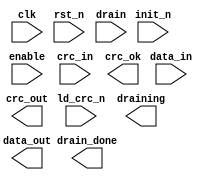
////////////////////////////////////////////////////////////////////////////////
//
//       This confidential and proprietary software may be used only
//     as authorized by a licensing agreement from Synopsys Inc.
//     In the event of publication, the following notice is applicable:
//
//                    (C) COPYRIGHT 1999 - 2023 SYNOPSYS INC.
//                           ALL RIGHTS RESERVED
//
//       The entire notice above must be reproduced on all authorized
//     copies.
//
//
// VERSION:   Simulation Architecture
//
// DesignWare_version: b7619314
// DesignWare_release: U-2022.12-DWBB_202212.5
//
////////////////////////////////////////////////////////////////////////////////
//#include "DW_crc_s.lbls"
//----------------------------------------------------------------------------
// ABSTRACT: Generic CRC 
//
// MODIFIED:
//
//      02/03/2016  Liming SU   Eliminated function calling from sequential
//                              always block in order for NLP tool to correctly
//                              infer FFs
//
//      07/09/2015  Liming SU   Changed for compatibility with VCS Native Low
//                              Power
//
//	09/19/2002  Rick Kelly  Fixed behavior of enable (STAR 147315) as well
//                              as discrepencies in other control logic.  Also
//			        updated to current simulation code guidelines.
//
//----------------------------------------------------------------------------
module DW_crc_s
    (
     clk ,rst_n ,init_n ,enable ,drain ,ld_crc_n ,data_in ,crc_in ,
     draining ,drain_done ,crc_ok ,data_out ,crc_out 
     );

parameter integer data_width = 16;
parameter integer poly_size  = 16;
parameter integer crc_cfg    = 7;
parameter integer bit_order  = 3;
parameter integer poly_coef0 = 4129;
parameter integer poly_coef1 = 0;
parameter integer poly_coef2 = 0;
parameter integer poly_coef3 = 0;
   
input clk, rst_n, init_n, enable, drain, ld_crc_n;
input [data_width-1:0] data_in;
input [poly_size-1:0]  crc_in;
   
output draining, drain_done, crc_ok;
output [data_width-1:0] data_out;
output [poly_size-1:0]  crc_out;
   
//   synopsys translate_off


  wire 			   clk, rst_n, init_n, enable, drain, ld_crc_n;
  wire [data_width-1:0]    data_in;
  wire [poly_size-1:0]     crc_in;
   
  reg			   drain_done_int;
  reg 			   draining_status;
   
  wire [poly_size-1:0]     crc_result;
   
  integer 		   drain_pointer, data_pointer;
  integer 		   drain_pointer_next, data_pointer_next;
  reg 			   draining_status_next;
  reg 			   draining_next;
  reg 			   draining_int;
  reg 			   crc_ok_result;
  wire [data_width-1:0]    insert_data;
  reg [data_width-1:0]     data_out_next;
  reg [data_width-1:0]     data_out_int;
  reg [poly_size-1:0] 	   crc_out_int;
  reg [poly_size-1:0] 	   crc_out_info; 
  reg [poly_size-1:0] 	   crc_out_info_next;
  reg [poly_size-1:0] 	   crc_out_info_temp;
   
  reg [poly_size-1:0] 	   crc_out_next;
  reg [poly_size-1:0] 	   crc_out_temp;
  wire [poly_size-1:0]     insert_crc_info;
  wire [poly_size-1:0]     crc_swaped_info; 
  wire [poly_size-1:0]     crc_out_next_shifted;
  wire [poly_size-1:0]     crc_swaped_shifted;
  reg 			   drain_done_next;
  reg 			   crc_ok_int;
   
`ifdef UPF_POWER_AWARE
  `protected
#ME\(>V6/eFdg7S5V>ga>L]Dd)ZM.6/YQTY?#)1//?9NXcX:Z\Ue4)Y_@(0^\aTS
U)5.,4V;=)S)d5eWD>/Jg^E0Da.W0)W]RQfWOeaE7[.\Y[_^\<eR9F<Y6^B88,L8
>55S039e_FZ^ET46:@T5MFc(^2Pc>TKYYPHCU&f#/T(@aS>YB=,@g>/;EP=b#4T(
FSF6-X^IbEJg85W]>7?3fGH.MWM),@;;B&a9U^D](Of.5K16deGPK9LX1KS)7M<[
B/IbM;gQXe,e)GI4=;_WF6I-2VUeKRVgV=9:T&-b7A>@ANZVHaB=5:WW6TAWXePg
[W=8CE&OHG+Q:)W4;<Ke)AZ3>2I9QMC.[)=6YX<R+8.78,+CZBD]WdQcAQJ[]:)N
F[:(8HGCEIC4C&[^ZEUcIJFc60UY;BaFFL&1:g^4W0&aNOOY^)5QK&9\81WN>#g=
c4_]g^9=^f0;]LX2Ac#Vb\ZL[gU=caH/0=].:#AB@c[#+P,fUVfR,]H#;;G@TV<Q
0\+A^W)P.[WKH\62XHe6T;?\61^;#4Jbf2U)MXNe);Ag=MD0TSEN9&9D,;N7G]K-
E\:6H^R)5(-WNaB?3:[+.1MgUQFEb>[>EH:<3E^SH_WH5Tb8:R0E<9.I_VE1NP7_
bgY,bK;d6;RFONc7=@>FTgT;7VgA6\KUcL1)a<&8)ZB_gb+Q53a=T;e7Q++>=Ibb
MD0^L#c8\98R38]IE/WVD_Zd&IB-7CE_0J<f?+.HOU:3gAXIf_)4:gZM]EL(1?e9
4Z6BRAAU9,BM,D+SQ()?8^CI@ZgO5e7C[c3\T_NcTeU(4JYS-YKD1K.ZIb4.eY1\
7g@(+e6a#>9?[#@M2Y9@A8K4#D:EU<\9]OJ(d?27NgNWM&<S.1>.a=.]SJ5XQ4K9
29E#A7G\<LP\2Y^.?A=FX;HOeSg)b&Gb79N]UE>O7_7g_(2I-\TA]N&\EPLGT:1,
SKVIcY-FK>[K:8]-BGX.PP/:L+]9=JR3VA.9_4:-].;HE3&.NOU2c+TT^cNXRC,O
^#af0S_8XU#I9V3<:VY?+V>J,5Ad0\M?]D3\]I[FaEZeXPPD38@P\)[:cOCOSKO:
S7K/VG6Sd;,CE@3,0b096ZebC#;^bc.KVbW/]3RDQR5Rf>9/C4/+C)+AQ@6_XNUL
2;6YNNZd[WD3Pe4(EA=B)R)C,I#?;M9=.)6IJG)9bWCCXR-\;0<76WUe:d)CWgf/
8]4V:H3L+:OE4U^Eca3>27e,M=T7)a=e3.A=I-C:JZ.N2BFDRbVE37U,^@SUE1-D
ZRNXB_^&eMF\]Wg?aSC\eTI.a@DO06A^7@Cd2Q1Nad8)WT^6Q<K79ZH91CO&b@(.
TOP830c_:6b)=Dca\3bGN5G3V2JT\?fQH]e)F1Jc&K.M:^EZ#TKDQIg+?a/bB_H)
()d?V3VW>Y(M657^D6AX#@](TFZ:IId3\c7P?Re:YaB0<)351HdPH9?eC8[:#=LX
^ZY@#P(3CQFXR1bV06G42Fc<G3<@7Q6FG5G\0.1Q8L):7NQeI\cWGFR3K]N-PO,G
9QO51U0IbGY(:VN#Z0,AC.R61G_CaAO9HG#=e^IIY0TSL/B:YL6&D-)W5:Q-GJTR
2-^SRL9ACbFLO=QI>+_/E.eK[0-SMKH1H[TJ9#?MJ)2;]b,+W\57U>dLf],GW+:C
.?2++VFW5YL6K_N^PITeML7cW@=/,B7@^ZSd9b&6dYK5@;?TgaTIfIKZbFLGPD>e
Q#,D=]WVSL_E2+/Q&+Pe<K_/IZ[P30(T#0fGUK&Nf2NbV5;[?;<=VVe,S_Qb?NF#
.8@aS/[EX-77cLgY[&YGB,_2d\CQR:J/;L)O8\I7a^[FJT(3VUR7=Yg#F0WKcG74
bfccc;LBN:4NdMe8M>J>+5UA_?YeHNcfcJTAAVEa#GCB<gJIDP2YcbX+EcW0X<a0
_e,<5(FX\cLE]@6X[LdcZ[MYe=89^.:FEb:;622@(OAf?BWZ,CCRQEQ>9\YK:)^@
#76fe874EcfH)9Qb&DE)eG3;,?cCS<]Uc0<?@U#J?/6DaA<UcU#H0J#ef<Y?+S;Z
JU3Jb>f@94A^J@P2<:4;[A\;.f&?>6#Q?X0-e:MDNQC]Dd>]gP#M6UF1;7eG/7&[
O#.Y0LeU8]IOF1Z2Y9)D+592W:094#[4N=P]G_>bgOI#4W.Wc.#N:ZYa.@Sd2EA,
X)+UW<O?6.0K?fH8R>)O&c=9dK3(YC//7+MB+FBCGdbPW_7b(d&GINAR^=7f/CAW
?#L]D@Sg?7\-.RdEe^<WCC4I9BDWMK,^FG)aK?bSNRESR9<W_;7MJF_2b3M9N<_V
D=7_/1(CB8NRJ,c/\CK@48&a3EYIOK[WFM.EFRIPa,NK7gF>7?g[f4K:DfTG2;0:
\e5&:T;XZCEN,@NRd99YBVaZ;XOL3@,+QQH-NNd-P_(OgS_6fP^689dPWOS8I::L
A&+19eFeJ^bN-$
`endprotected

`else
  reg [poly_size-1:0]      reset_crc_reg;
  reg [poly_size-1:0]      crc_polynomial;
  reg [poly_size-1:0] 	   crc_xor_constant;
  reg [poly_size-1:0]      crc_ok_info;
`endif
 

  function [poly_size-1:0] fswap_bytes_bits;
    input [poly_size-1:0] swap_bytes_of_word;
    input [1:0] bit_order;
    begin : FUNC_SWAP_INPUT_DATA 
      reg[data_width-1:0] swaped_word;
      integer 	     no_of_bytes;
      integer 	     byte_boundry1;
      integer 	     byte_boundry2;
      integer 	     i, j;
     
      byte_boundry1 = 0;
      byte_boundry2 = 0;
     
      no_of_bytes = data_width/8;
	if(bit_order == 0)
	  swaped_word = swap_bytes_of_word; 
	else if(bit_order == 1) begin
	  for(i=0;i<=(data_width-1);i=i+1) begin
	    swaped_word[(data_width-1)-i] = swap_bytes_of_word[i];
	  end 
	end  
	else if(bit_order == 3) begin
	  for(i=1;i<=no_of_bytes;i=i+1) begin 
	    byte_boundry1 = (i * 8) - 1;
	    byte_boundry2 = (i - 1)* 8;
	    for (j=0;j<8;j=j+1) begin 
	      swaped_word [(byte_boundry2  + j)] = 
		      swap_bytes_of_word [(byte_boundry1  - j)];
	    end
	  end
	end
	else begin
	  for(i=1;i<=no_of_bytes;i=i+1) begin
	    byte_boundry1 = data_width - (i*8);
	    byte_boundry2 = ((i - 1)* 8);
	    for(j=0;j<8;j=j+1) begin 
	      swaped_word [(byte_boundry2 + j)] = 
      	      	      swap_bytes_of_word [(byte_boundry1  + j)];
	    end
	  end
	end
	 
	fswap_bytes_bits = swaped_word;
      end
  endfunction // FUNC_SWAP_INPUT_DATA





  function [poly_size-1:0] fswap_crc;
    input [poly_size-1:0] swap_crc_data;
    begin : FUNC_SWAP_CRC
      reg[data_width-1:0]   swap_data;
      reg [data_width-1:0] swaped_data;
      reg [poly_size-1:0]  swaped_crc;
      integer 	           no_of_words;
      integer 	           data_boundry1;
      integer 	           data_boundry2;
      integer 	           i, j;
     
      no_of_words = poly_size/data_width;
     
      data_boundry1 = (poly_size-1) + data_width;
      while (no_of_words > 0) begin 
	data_boundry1 = data_boundry1 - data_width;
	data_boundry2 = data_boundry1 - (data_width-1);
	j=0;
	for(i=data_boundry2;i<=data_boundry1;i = i + 1) begin
	  swap_data[j] = swap_crc_data[i];
	  j = j + 1;
	end      
	    
	swaped_data = fswap_bytes_bits (swap_data, bit_order);
	    
	j=0;
	for(i=data_boundry2;i<=data_boundry1;i = i + 1) begin
	  swaped_crc[i] = swaped_data[j];
	  j = j + 1;
	end   
	
	no_of_words = (no_of_words  -  1);
      end
     
      fswap_crc = swaped_crc;
    end
  endfunction // FUNC_SWAP_CRC


  function [poly_size-1:0] fcalc_crc;
    input [data_width-1:0] data_in;
    input [poly_size-1:0] crc_temp_data;
    input [poly_size-1:0] crc_polynomial;
    input [1:0]  bit_order;
    begin : FUNC_CAL_CRC
      reg[data_width-1:0] swaped_data_in;
      reg [poly_size-1:0] crc_data;
      reg 		     xor_or_not;
      integer 	     i;
     
     
     
      swaped_data_in = fswap_bytes_bits (data_in ,bit_order);
      crc_data = crc_temp_data ;
      i = 0 ;
      while (i < data_width ) begin 
	xor_or_not = 
	  swaped_data_in[(data_width-1) - i] ^ crc_data[(poly_size-1)];
	crc_data = {crc_data [((poly_size-1)-1):0],1'b0 };
	if(xor_or_not === 1'b1)
	  crc_data = (crc_data ^ crc_polynomial);
	else if(xor_or_not !== 1'b0)
	  crc_data = {data_width{xor_or_not}} ;
	i = i + 1;
      end
      fcalc_crc = crc_data ;
    end
  endfunction // FUNC_CAL_CRC





  function check_crc;
    input [poly_size-1:0] crc_out_int;
    input [poly_size-1:0] crc_ok_info;
    begin : FUNC_CRC_CHECK
      integer i;
      reg 	 crc_ok_func;
      reg [poly_size-1:0] data1;
      reg [poly_size-1:0] data2;
      data1 = crc_out_int ;
      data2 = crc_ok_info ;
     
      i = 0 ;
      while(i < poly_size) begin 
	if(data1[i] === 1'b0  || data1[i] === 1'b1) begin 
	  if(data1[i] === data2 [i]) begin
	    crc_ok_func = 1'b1;
	  end
	  else begin
	    crc_ok_func = 1'b0;
	    i = poly_size;
	  end 
	end
	else begin
	  crc_ok_func = data1 [i];
	  i = poly_size;
	end 
	i = i + 1;
      end
     
      check_crc = crc_ok_func ;
    end
  endfunction // FUNC_CRC_CHECK



   
  always @(drain or
           draining_status or
           drain_done_int or
           data_pointer or
           drain_pointer or
           insert_data or
           crc_out_next_shifted or
           crc_out_info or
           data_in or
           crc_result or
           ld_crc_n or
           crc_in or
           crc_ok_info)
  begin: PROC_DW_crc_s_sim_com

    if(draining_status === 1'b0) begin
      if((drain & ~drain_done_int) === 1'b1) begin
       draining_status_next = 1'b1;
       draining_next = 1'b1;
       drain_pointer_next = drain_pointer + 1;
       data_pointer_next = data_pointer  - 1;
       data_out_next = insert_data;
       crc_out_next = crc_out_next_shifted;
       crc_out_info_next = crc_out_info; 
       drain_done_next = drain_done_int;
      end  
      else if((drain & ~drain_done_int) === 1'b0) begin
       draining_status_next = 1'b0;
       draining_next = 1'b0;
       drain_pointer_next = 0;
       data_pointer_next = (poly_size/data_width) ; 
       data_out_next = data_in ;
       crc_out_next = crc_result;
       crc_out_info_next = crc_result;
       drain_done_next = drain_done_int;
      end  
      else begin
       draining_status_next = 1'bx ;
       draining_next = 1'bx ;
       drain_pointer_next = 0;
       data_pointer_next = 0 ; 
       data_out_next = {data_width {1'bx}};
       crc_out_next = {poly_size {1'bx}};
       crc_out_info_next = {poly_size {1'bx}}; 
       drain_done_next = 1'bx;
      end  
    end
    else if(draining_status === 1'b1) begin 
      if(data_pointer == 0) begin 
       draining_status_next = 1'b0 ;
       draining_next = 1'b0 ;
       drain_pointer_next = 0 ;
       data_pointer_next = 0 ; 
       data_out_next = data_in ;
       crc_out_next = crc_result;
       crc_out_info_next = crc_result; 
       drain_done_next = 1'b1;
      end
      else begin
       draining_status_next = 1'b1 ;
       draining_next = 1'b1 ;
       drain_pointer_next = drain_pointer + 1;
       data_pointer_next = data_pointer  - 1;
       data_out_next = insert_data ;
       crc_out_next = crc_out_next_shifted;
       crc_out_info_next = crc_out_info;
       drain_done_next = drain_done_int;
      end   
    end   // draining_status === 1'b1
    else begin 
      draining_status_next = 1'bx ;
      draining_next = 1'bx ;
      drain_pointer_next = data_pointer ;
      data_pointer_next = drain_pointer;
      data_out_next = {data_width{1'bx}} ;
      crc_out_next = {poly_size{1'bx}}  ;
      crc_out_info_next = {poly_size{1'bx}}  ; 
      drain_done_next = 1'bx ;
    end   

    if(ld_crc_n === 1'b0) begin
      crc_out_temp = crc_in;
      crc_out_info_temp = crc_in;
    end
    else if(ld_crc_n === 1'b1) begin
      crc_out_temp = crc_out_next;
      crc_out_info_temp = crc_out_info_next;
    end
    else begin
      crc_out_temp = {poly_size{1'bx}};
      crc_out_info_temp = {poly_size{1'bx}}; 
    end 

    crc_ok_result = check_crc(crc_out_temp ,crc_ok_info);

  end // PROC_DW_crc_s_sim_com

  always @ (posedge clk or negedge rst_n) begin : DW_crc_s_sim_seq_PROC
        
    if(rst_n === 1'b0) begin
      draining_status <= 1'b0 ;
      draining_int <= 1'b0 ;
      drain_pointer <= 0 ;
      data_pointer <= (poly_size/data_width) ;
      data_out_int <= {data_width{1'b0}} ;
      crc_out_int <= reset_crc_reg ; 
      crc_out_info <= reset_crc_reg ;  
      drain_done_int <= 1'b0 ;
      crc_ok_int <= 1'b0;   
    end else if(rst_n === 1'b1) begin 
      if(init_n === 1'b0) begin
        draining_status <= 1'b0 ;
        draining_int <= 1'b0 ;
        drain_pointer <= 0 ;
        data_pointer <= (poly_size/data_width) ;
        data_out_int <= {data_width{1'b0}} ;
        crc_out_int <= reset_crc_reg ;
        crc_out_info <= reset_crc_reg ; 
        drain_done_int <= 1'b0 ;
        crc_ok_int <= 1'b0;
      end else if(init_n === 1'b1) begin 
        if(enable === 1'b1) begin
          draining_status <= draining_status_next;
          draining_int <= draining_next ;
          drain_pointer <= drain_pointer_next ;
          data_pointer <= data_pointer_next ;
          data_out_int <= data_out_next ;
          crc_out_int <= crc_out_temp ;
          crc_out_info <= crc_out_info_temp ;
          drain_done_int <= drain_done_next ;
          crc_ok_int <= crc_ok_result;
        end else if(enable === 1'b0) begin
           draining_status <= draining_status ;
           draining_int <= draining_int ;
           drain_pointer <= drain_pointer ;
           data_pointer <= data_pointer ;
           data_out_int <= data_out_int ;
           crc_out_int <= crc_out_int ;
           crc_out_info <= crc_out_info ;
           drain_done_int <= drain_done_int ;
           crc_ok_int <= crc_ok_int ;
        end else begin
           draining_status <= 1'bx ;
           draining_int <= 1'bx ;
           drain_pointer <= 0 ;
           data_pointer <= (poly_size/data_width) ;
           data_out_int <= {data_width{1'bx}} ;
           crc_out_int <= {poly_size{1'bx}} ;
           crc_out_info <= {poly_size{1'bx}} ; 
           drain_done_int <= 1'bx ;
           crc_ok_int <= 1'bx ; 
        end
      end else begin 
        draining_status <= 1'bx ;
        draining_int <= 1'bx ;
        drain_pointer <= 0 ;
        data_pointer <= (poly_size/data_width) ;
        data_out_int <= {data_width{1'bx}} ;
        crc_out_int <= {poly_size{1'bx}} ;
        crc_out_info <= {poly_size{1'bx}} ; 
        drain_done_int <= 1'bx ;
        crc_ok_int <= 1'bx ; 
      end      
    end else begin
      draining_status <= 1'bx ;
      draining_int <= 1'bx ;
      drain_pointer <= 0 ;
      data_pointer <= 0 ;
      data_out_int <= {data_width{1'bx}} ;
      crc_out_int <= {poly_size{1'bx}} ;
      crc_out_info <= {poly_size{1'bx}} ; 
      drain_done_int <= 1'bx ;
      crc_ok_int <= 1'bx ;
    end 
       
  end // PROC_DW_crc_s_sim_seq

   assign crc_out_next_shifted = crc_out_int << data_width; 
   assign crc_result = fcalc_crc (data_in ,crc_out_int ,crc_polynomial ,bit_order);
   assign insert_crc_info = (crc_out_info ^ crc_xor_constant);
   assign crc_swaped_info = fswap_crc (insert_crc_info);
   assign crc_swaped_shifted = crc_swaped_info << (drain_pointer*data_width);
   assign insert_data = crc_swaped_shifted[poly_size-1:poly_size-data_width];

   assign crc_out = crc_out_int;
   assign draining = draining_int;
   assign data_out = data_out_int;
   assign crc_ok = crc_ok_int;
   assign drain_done = drain_done_int;
   
   
 
  initial begin : parameter_check
    integer param_err_flg;

    param_err_flg = 0;
    
      
       
    if ( (poly_size < 2) || (poly_size > 64 ) ) begin
      param_err_flg = 1;
      $display(
	"ERROR: %m :\n  Invalid value (%d) for parameter poly_size (legal range: 2 to 64 )",
	poly_size );
    end
       
    if ( (data_width < 1) || (data_width > poly_size ) ) begin
      param_err_flg = 1;
      $display(
	"ERROR: %m :\n  Invalid value (%d) for parameter data_width (legal range: 1 to poly_size )",
	data_width );
    end
       
    if ( (bit_order < 0) || (bit_order > 3 ) ) begin
      param_err_flg = 1;
      $display(
	"ERROR: %m :\n  Invalid value (%d) for parameter bit_order (legal range: 0 to 3 )",
	bit_order );
    end
       
    if ( (crc_cfg < 0) || (crc_cfg > 7 ) ) begin
      param_err_flg = 1;
      $display(
	"ERROR: %m :\n  Invalid value (%d) for parameter crc_cfg (legal range: 0 to 7 )",
	crc_cfg );
    end
       
    if ( (poly_coef0 < 0) || (poly_coef0 > 65535 ) ) begin
      param_err_flg = 1;
      $display(
	"ERROR: %m :\n  Invalid value (%d) for parameter poly_coef0 (legal range: 0 to 65535 )",
	poly_coef0 );
    end
       
    if ( (poly_coef1 < 0) || (poly_coef1 > 65535 ) ) begin
      param_err_flg = 1;
      $display(
	"ERROR: %m :\n  Invalid value (%d) for parameter poly_coef1 (legal range: 0 to 65535 )",
	poly_coef1 );
    end
       
    if ( (poly_coef2 < 0) || (poly_coef2 > 65535 ) ) begin
      param_err_flg = 1;
      $display(
	"ERROR: %m :\n  Invalid value (%d) for parameter poly_coef2 (legal range: 0 to 65535 )",
	poly_coef2 );
    end
       
    if ( (poly_coef3 < 0) || (poly_coef3 > 65535 ) ) begin
      param_err_flg = 1;
      $display(
	"ERROR: %m :\n  Invalid value (%d) for parameter poly_coef3 (legal range: 0 to 65535 )",
	poly_coef3 );
    end
       
    if ( (poly_coef0 % 2) == 0 ) begin
      param_err_flg = 1;
      $display(
	"ERROR: %m : Invalid parameter (poly_coef0 value MUST be an odd number)" );
    end
       
    if ( (poly_size % data_width) > 0 ) begin
      param_err_flg = 1;
      $display(
	"ERROR: %m : Invalid parameter combination (poly_size MUST be a multiple of data_width)" );
    end
       
    if ( (data_width % 8) > 0 && (bit_order > 1) ) begin
      param_err_flg = 1;
      $display(
	"ERROR: %m : Invalid parameter combination (crc_cfg > 1 only allowed when data_width is multiple of 8)" );
    end

   
    if ( param_err_flg == 1) begin
      $display(
        "%m :\n  Simulation aborted due to invalid parameter value(s)");
      $finish;
    end

  end // parameter_check 

      

`ifndef UPF_POWER_AWARE
  initial begin : init_vars
	
    reg [63:0]			con_poly_coeff;
    reg [15:0]			v_poly_coef0;
    reg [15:0]			v_poly_coef1;
    reg [15:0]			v_poly_coef2;
    reg [15:0]			v_poly_coef3; 
    reg [poly_size-1:0 ]	int_ok_calc;
    reg[poly_size-1:0]		x;
    reg				xor_or_not_ok;
    integer			i;
	
    v_poly_coef0 = poly_coef0;
    v_poly_coef1 = poly_coef1;
    v_poly_coef2 = poly_coef2;
    v_poly_coef3 = poly_coef3;
	
    con_poly_coeff = {v_poly_coef3, v_poly_coef2,
			v_poly_coef1, v_poly_coef0 };

    crc_polynomial = con_poly_coeff [poly_size-1:0];
	
    if(crc_cfg % 2 == 0)
      reset_crc_reg = {poly_size{1'b0}};
    else
      reset_crc_reg = {poly_size{1'b1}};
	 
    
    if(crc_cfg == 0 || crc_cfg == 1) begin 
      x = {poly_size{1'b0}};
    end
    else if(crc_cfg == 6 || crc_cfg == 7) begin 
      x = {poly_size{1'b1}};
    end
    else begin
      if(crc_cfg == 2 || crc_cfg == 3) begin 
        x[0] = 1'b1;
      end
      else begin 
        x[0] = 1'b0;
      end 
       
      for(i=1;i<poly_size;i=i+1) begin 
        x[i] = ~x[i-1];
      end
    end
    
    crc_xor_constant = x;

    int_ok_calc = crc_xor_constant;
    i = 0;
    while(i < poly_size) begin 
      xor_or_not_ok = int_ok_calc[(poly_size-1)];
      int_ok_calc = { int_ok_calc[((poly_size-1)-1):0], 1'b0};
      if(xor_or_not_ok === 1'b1)
	int_ok_calc = (int_ok_calc ^ crc_polynomial);
      i = i + 1; 
    end
    crc_ok_info = int_ok_calc;
	
   end  // init_vars
`endif
   
   
`ifndef DW_DISABLE_CLK_MONITOR
`ifndef DW_SUPPRESS_WARN
  always @ (clk) begin : clk_monitor 
    if ( (clk !== 1'b0) && (clk !== 1'b1) && ($time > 0) )
      $display ("WARNING: %m:\n at time = %0t: Detected unknown value, %b, on clk input.", $time, clk);
    end // clk_monitor 
`endif
`endif

 // synopsys translate_on
      
endmodule